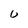
Character: U